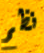
نظم